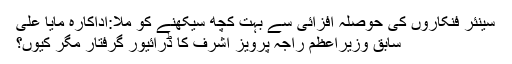
سینئر فنکاروں کی حوصلہ افزائی سے بہت کچھ سیکھنے کو ملا:اداکارہ مایا علی
سابق وزیراعظم راجہ پرویز اشرف کا ڈرائیور گرفتار مگر کیوں؟